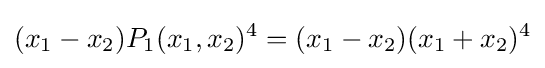
(x_{1}-x_{2})P_{1}(x_{1},x_{2})^{4}=(x_{1}-x_{2})(x_{1}+x_{2})^{4}